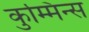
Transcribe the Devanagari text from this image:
कुम्मिन्स